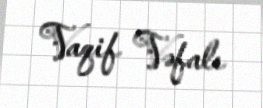
Vaqif Vəfalı